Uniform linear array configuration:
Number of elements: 4
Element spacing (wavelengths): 1
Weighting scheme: exponential
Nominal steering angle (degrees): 0
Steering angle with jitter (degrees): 0.62
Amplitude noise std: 0.05
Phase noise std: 0.05

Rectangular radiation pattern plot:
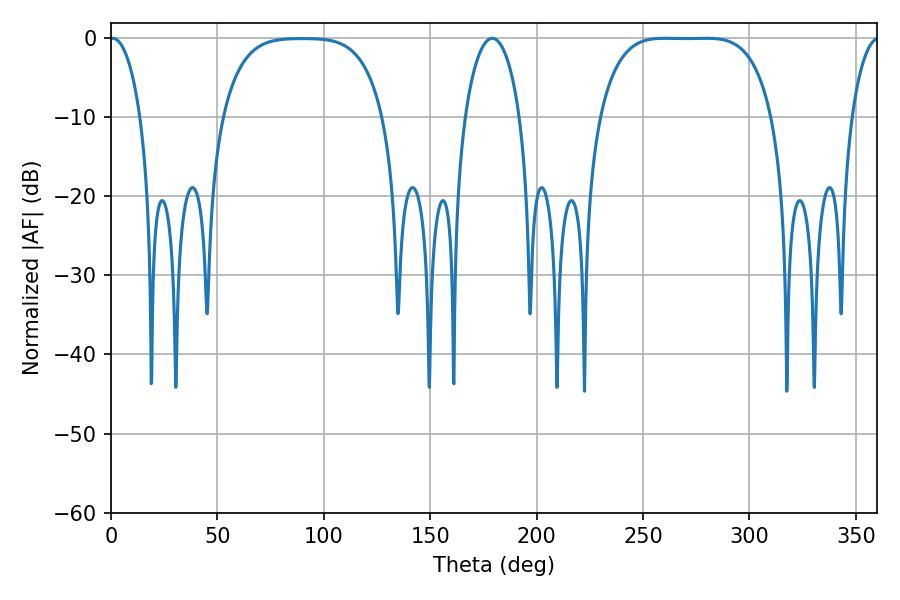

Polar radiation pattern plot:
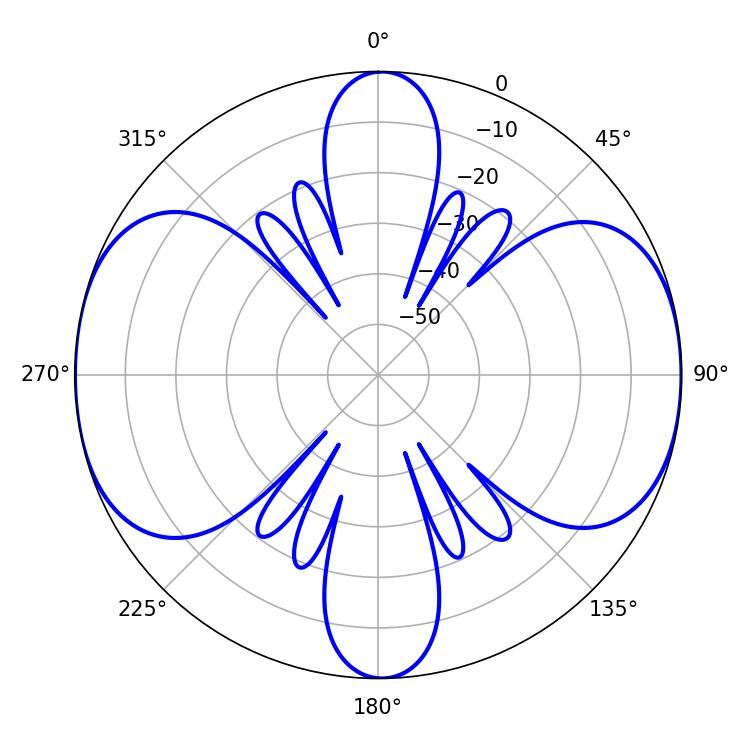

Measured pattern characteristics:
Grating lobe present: TRUE
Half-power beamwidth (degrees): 61.92
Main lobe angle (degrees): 260.28